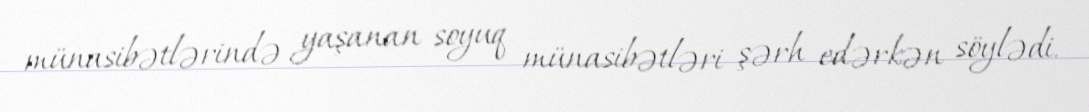
münasibətlərində yaşanan soyuq münasibətləri şərh edərkən söylədi.